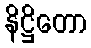
နိဋ္ဌိတော